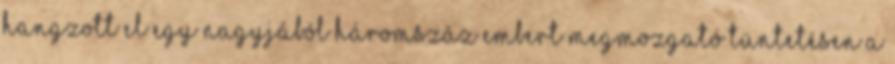
hangzott el egy nagyjából háromszáz embert megmozgató tüntetésen a